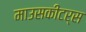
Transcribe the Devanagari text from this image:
माउसकीटर्स